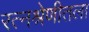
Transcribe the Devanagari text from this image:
रत्नश्रेणीतला